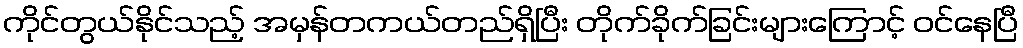
ကိုင်တွယ်နိုင်သည့် အမှန်တကယ်တည်ရှိပြီး တိုက်ခိုက်ခြင်းများကြောင့် ဝင်နေပြီ